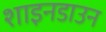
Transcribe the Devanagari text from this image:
शाइनडाउन